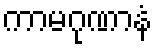
ကာမဂုဏာနံ